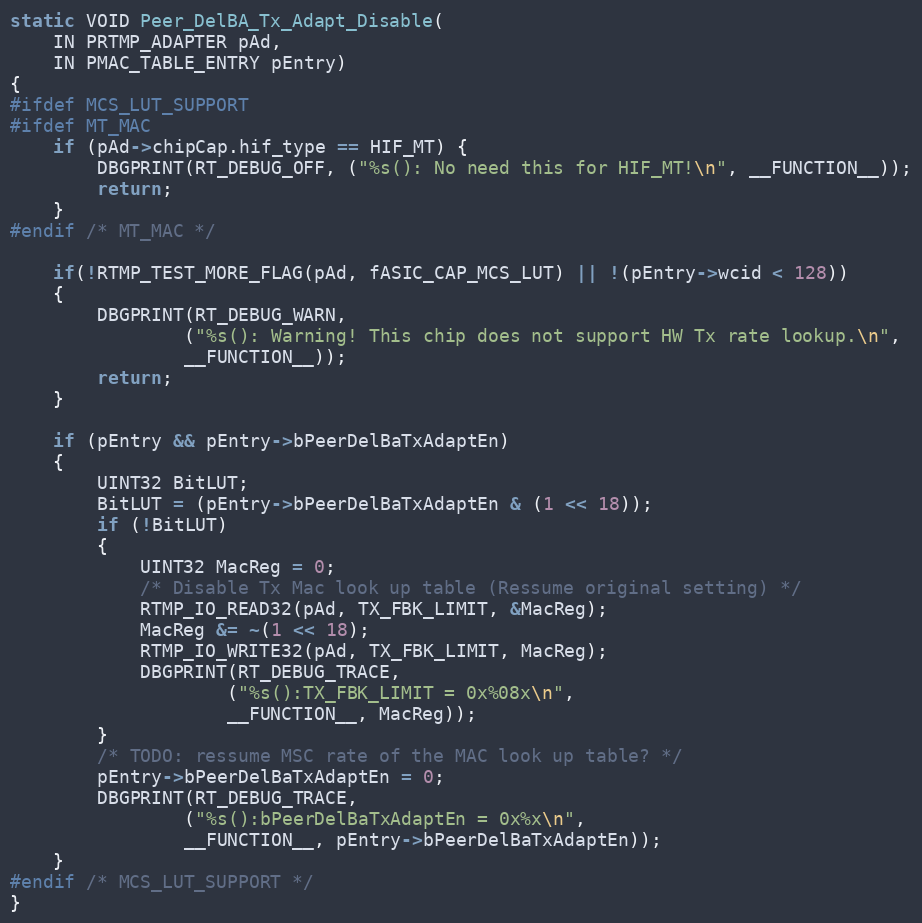
Language: C
static VOID Peer_DelBA_Tx_Adapt_Disable(
	IN PRTMP_ADAPTER pAd,
	IN PMAC_TABLE_ENTRY pEntry)
{
#ifdef MCS_LUT_SUPPORT
#ifdef MT_MAC
	if (pAd->chipCap.hif_type == HIF_MT) {
		DBGPRINT(RT_DEBUG_OFF, ("%s(): No need this for HIF_MT!\n", __FUNCTION__));
		return;
	}
#endif /* MT_MAC */

	if(!RTMP_TEST_MORE_FLAG(pAd, fASIC_CAP_MCS_LUT) || !(pEntry->wcid < 128))
	{
		DBGPRINT(RT_DEBUG_WARN,
				("%s(): Warning! This chip does not support HW Tx rate lookup.\n",
				__FUNCTION__));
		return;
	}

	if (pEntry && pEntry->bPeerDelBaTxAdaptEn)
	{
		UINT32 BitLUT;
		BitLUT = (pEntry->bPeerDelBaTxAdaptEn & (1 << 18));
		if (!BitLUT)
		{
			UINT32 MacReg = 0;
			/* Disable Tx Mac look up table (Ressume original setting) */
			RTMP_IO_READ32(pAd, TX_FBK_LIMIT, &MacReg);
			MacReg &= ~(1 << 18);
			RTMP_IO_WRITE32(pAd, TX_FBK_LIMIT, MacReg);
			DBGPRINT(RT_DEBUG_TRACE,
					("%s():TX_FBK_LIMIT = 0x%08x\n",
					__FUNCTION__, MacReg));
		}
		/* TODO: ressume MSC rate of the MAC look up table? */
		pEntry->bPeerDelBaTxAdaptEn = 0;
		DBGPRINT(RT_DEBUG_TRACE,
				("%s():bPeerDelBaTxAdaptEn = 0x%x\n",
				__FUNCTION__, pEntry->bPeerDelBaTxAdaptEn));
	}
#endif /* MCS_LUT_SUPPORT */
}